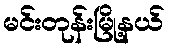
မင်းတုန်းမြို့နယ်